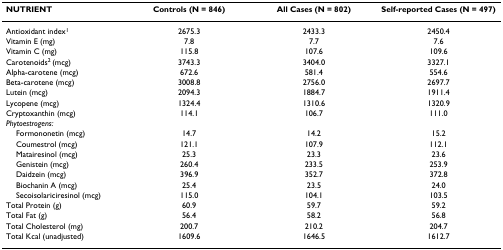
<table><thead><tr><td><b>NUTRIENT</b></td><td><b>Controls (N = 846)</b></td><td><b>All Cases (N = 802)</b></td><td><b>Self-reported Cases (N = 497)</b></td></tr></thead><tbody><tr><td>Antioxidant index<sup>1</sup></td><td>2675.3</td><td>2433.3</td><td>2450.4</td></tr><tr><td>Vitamin E (mg)</td><td>7.8</td><td>7.7</td><td>7.6</td></tr><tr><td>Vitamin C (mg)</td><td>115.8</td><td>107.6</td><td>109.6</td></tr><tr><td>Carotenoids<sup>2 </sup>(mcg)</td><td>3743.3</td><td>3404.0</td><td>3327.1</td></tr><tr><td>Alpha-carotene (mcg)</td><td>672.6</td><td>581.4</td><td>554.6</td></tr><tr><td>Beta-carotene (mcg)</td><td>3008.8</td><td>2756.0</td><td>2697.7</td></tr><tr><td>Lutein (mcg)</td><td>2094.3</td><td>1884.7</td><td>1911.4</td></tr><tr><td>Lycopene (mcg)</td><td>1324.4</td><td>1310.6</td><td>1320.9</td></tr><tr><td>Cryptoxanthin (mcg)</td><td>114.1</td><td>106.7</td><td>111.0</td></tr><tr><td><i>Phytoestrogens:</i></td><td></td><td></td><td></td></tr><tr><td> Formononetin (mcg)</td><td>14.7</td><td>14.2</td><td>15.2</td></tr><tr><td> Coumestrol (mcg)</td><td>121.1</td><td>107.9</td><td>112.1</td></tr><tr><td> Matairesinol (mcg)</td><td>25.3</td><td>23.3</td><td>23.6</td></tr><tr><td> Genistein (mcg)</td><td>260.4</td><td>233.5</td><td>253.9</td></tr><tr><td> Daidzein (mcg)</td><td>396.9</td><td>352.7</td><td>372.8</td></tr><tr><td> Biochanin A (mcg)</td><td>25.4</td><td>23.5</td><td>24.0</td></tr><tr><td> Secoisolariciresinol (mcg)</td><td>115.0</td><td>104.1</td><td>103.5</td></tr><tr><td>Total Protein (g)</td><td>60.9</td><td>59.7</td><td>59.2</td></tr><tr><td>Total Fat (g)</td><td>56.4</td><td>58.2</td><td>56.8</td></tr><tr><td>Total Cholesterol (mg)</td><td>200.7</td><td>210.2</td><td>204.7</td></tr><tr><td>Total Kcal (unadjusted)</td><td>1609.6</td><td>1646.5</td><td>1612.7</td></tr></tbody></table>